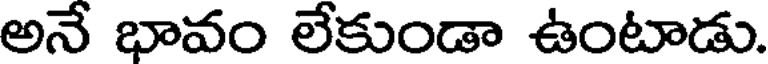
అనే భావం లేకుండా ఉంటాడు.